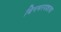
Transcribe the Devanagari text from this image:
बिनभरवशाचा